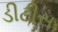
ડીટીસ